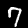
Digit: 7